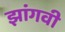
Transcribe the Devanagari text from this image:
झांगवी